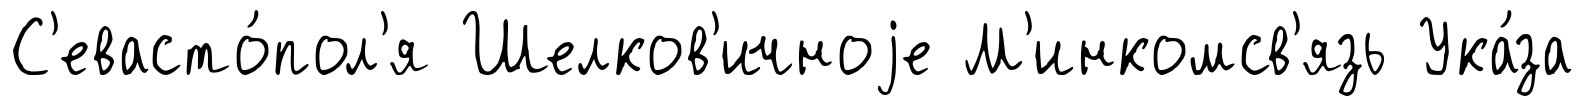
С'евасто́пол'я Шелков'ичноjе М'инкомсв'язь Ука́за